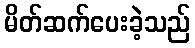
မိတ်ဆက်ပေးခဲ့သည်